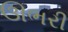
ઊભરી